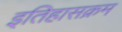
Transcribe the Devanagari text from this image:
इतिहासक्रम